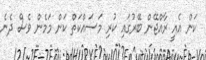
ކަން އެއީ ރާއްޖޭން ބޭރުގައި ކުރި މަސައްކަތް ކަން މަމެން ވެސް ދެނެ